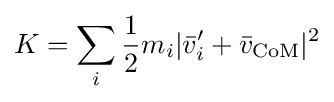
K=\sum _{i}{\frac {1}{2}}m_{i}|{\bar {v}}'_{i}+{\bar {v}}_{\text{CoM}}|^{2}